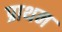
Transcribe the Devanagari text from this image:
प्राथन